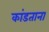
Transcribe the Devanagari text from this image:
कांडताना